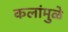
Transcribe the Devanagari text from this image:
कलांमुळे